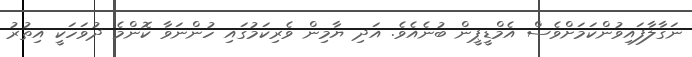
ނަގާލާފައިވުންކަމަށްވެސް އެމްޑީޕީން ބުނެއެވެ. އަދި ޔާމިން ވެރިކަމުގައި ހުންނަވާ ކޮންމެ ދުވަހަކީ އިތުރު